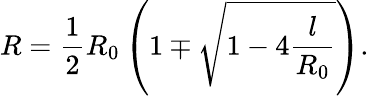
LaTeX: R=\frac{1}{2}R_{0}\left(1\mp\sqrt{1-4\frac{l}{R_{0}}}\right).